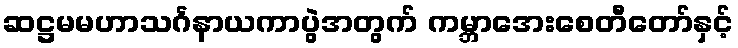
ဆဋ္ဌမမဟာသင်္ဂနာယကာပွဲအတွက် ကမ္ဘာအေးစေတီတော်နှင့်